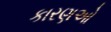
કારણઓ